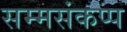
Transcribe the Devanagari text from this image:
सम्मसंकप्प